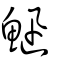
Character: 𩷰